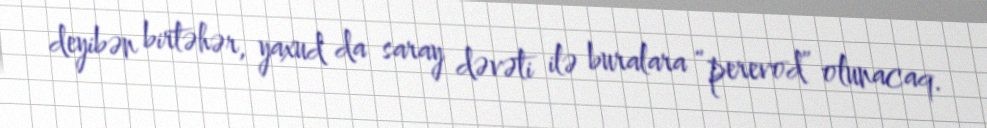
deyibən birtəhər, yaxud da saray dəvəti ilə buralara “perevod” olunacaq.